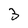
Character: 3